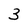
Character: 3